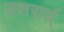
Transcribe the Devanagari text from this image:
उत्तरार्ध्